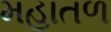
મહાતળ